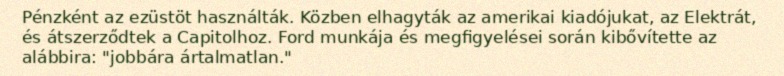
Pénzként az ezüstöt használták. Közben elhagyták az amerikai kiadójukat, az Elektrát, és átszerződtek a Capitolhoz. Ford munkája és megfigyelései során kibővítette az alábbira: "jobbára ártalmatlan."